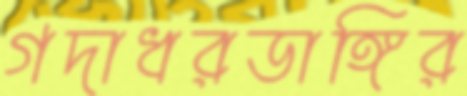
গদাধরডাঙ্গির